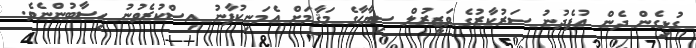
ގުޅިގެން ދެން އުފެދުނު ސަރުކާރުގެ ވަޒީރުލް ސިޔާޙާގެ މަޤާމަށް އެމަނިކުފާނު އިސްކުރެވުނު ހިސާބުންނެވެ.